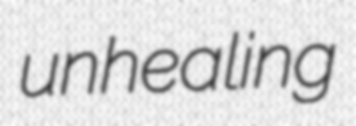
unhealing